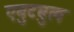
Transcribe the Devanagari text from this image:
एबुटबुल